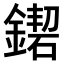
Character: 𨫛